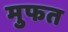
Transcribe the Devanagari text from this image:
मुफत